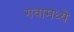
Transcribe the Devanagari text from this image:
गवामध्ये